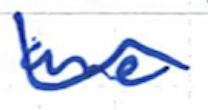
Text: are
Cross-out: wave
Writing tool: ballpoint